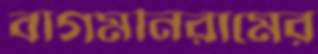
বাগমনিরামের